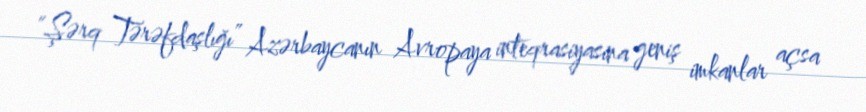
“Şərq Tərəfdaşlığı” Azərbaycanın Avropaya inteqrasiyasına geniş imkanlar açsa